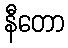
နီတော